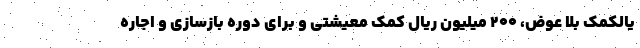
یالکمک بلا عوض، ۲۰۰ میلیون ریال کمک معیشتی و برای دوره بازسازی و اجاره